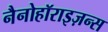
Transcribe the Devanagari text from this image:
नैनोहॉराइज़न्स